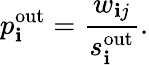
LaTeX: p_{\mathbf{i}}^{\mathrm{{out}}}=\frac{{w_{\mathbf{i}j}}}{{s_{\mathbf{i}}^{\mathrm{{out}}}}}.